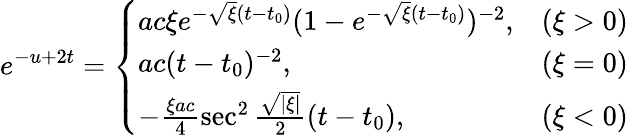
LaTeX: e^{-u+2t}=\left\{ \begin{array}{lc}{{ac\xi e^{-\sqrt{\xi}(t-t_{0})}(1-e^{-\sqrt{\xi}(t-t_{0})})^{-2},}}&{{(\xi>0)}}\\ {{ac(t-t_{0})^{-2},}}&{{(\xi=0)}}\\ {{-\frac{\xi ac}4\sec^{2}\frac{\sqrt{|\xi|}}2(t-t_{0}),}}&{{(\xi<0)}}\end{array}\right.